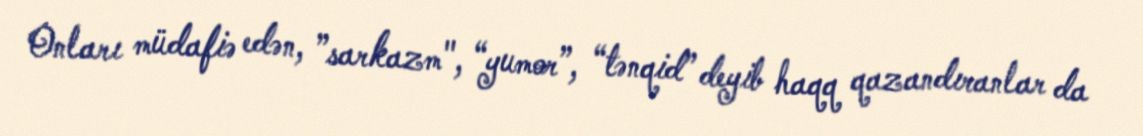
Onları müdafiə edən, ”sarkazm", “yumor”, “tənqid” deyib haqq qazandıranlar da